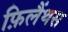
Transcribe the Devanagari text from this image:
फ़िलैंथस